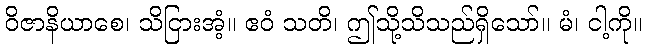
ဝိဇာနိယာစေ၊ သိငြားအံ့။ ဧဝံ သတိ၊ ဤသို့သိသည်ရှိသော်။ မံ၊ ငါ့ကို။